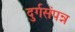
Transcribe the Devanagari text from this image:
दुर्गसंपन्न